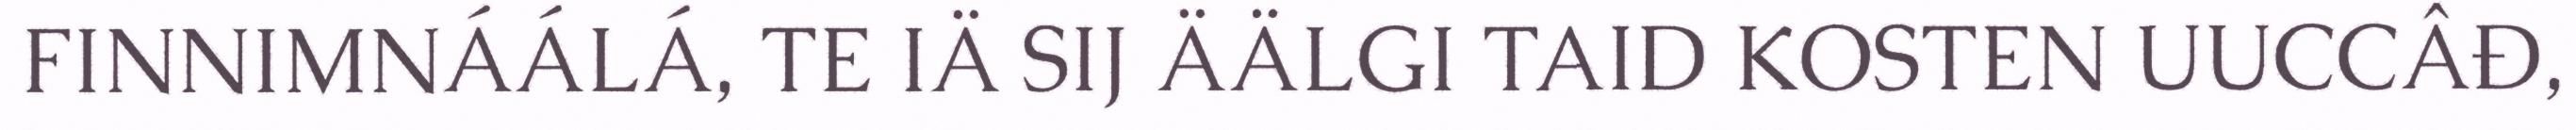
FINNIMNÁÁLÁ, TE IÄ SIJ ÄÄLGI TAID KOSTEN UUCCÂĐ,